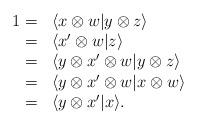
LaTeX: \begin{align*}\begin{array}{rl}1=&\langle x\otimes w|y\otimes z\rangle\\= &\langle x'\otimes w|z\rangle\\= &\langle y\otimes x'\otimes w|y\otimes z\rangle\\=& \langle y\otimes x'\otimes w|x\otimes w\rangle\\= &\langle y\otimes x'|x\rangle.\\\end{array}\end{align*}